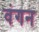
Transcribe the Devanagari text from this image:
वंगन